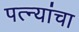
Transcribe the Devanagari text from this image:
पत्‍न्यांचा